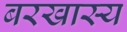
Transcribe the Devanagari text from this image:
बरखास्य